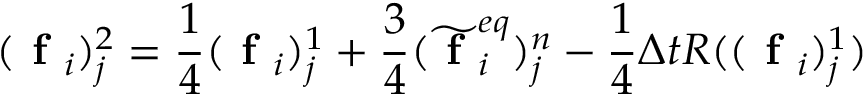
( \textbf { f } _ { i } ) _ { j } ^ { 2 } = \frac { 1 } { 4 } ( \textbf { f } _ { i } ) _ { j } ^ { 1 } + \frac { 3 } { 4 } ( \widetilde { \textbf { f } } _ { i } ^ { e q } ) _ { j } ^ { n } - \frac { 1 } { 4 } \Delta t R ( ( \textbf { f } _ { i } ) _ { j } ^ { 1 } )